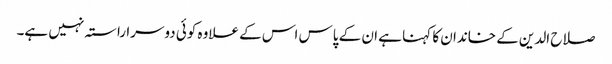
صلاح الدین کے خاندان کا کہنا ہے ان کے پاس اس کے علاوہ کوئی دوسرا راستہ نہیں ہے۔